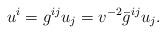
LaTeX: \begin{align*}u^i = g^{ij} u_j = v^{-2} \bar{g}^{ij} u_j.\end{align*}